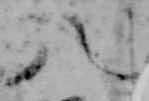
八